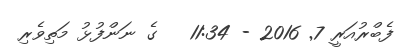
ފެބްރުއަރީ 7